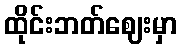
ထိုင်းဘတ်ဈေးမှာ